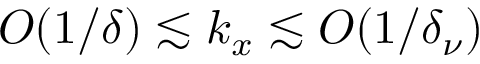
O ( 1 / \delta ) \lesssim k _ { x } \lesssim O ( 1 / \delta _ { \nu } )